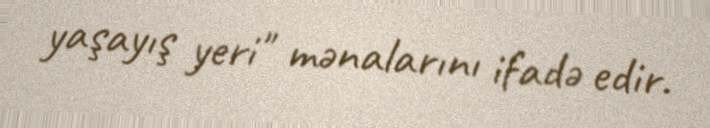
yaşayış yeri" mənalarını ifadə edir.